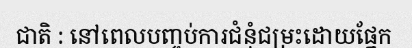
ជាតិ : នៅពេលបញ្ចប់ការជំនុំជម្រះដោយផ្នែក